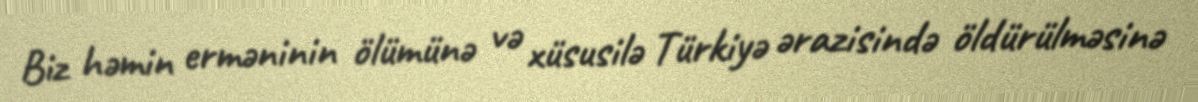
Biz həmin erməninin ölümünə və xüsusilə Türkiyə ərazisində öldürülməsinə